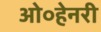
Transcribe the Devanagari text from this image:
ओ०हेनरी